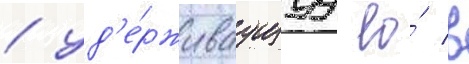
/ уд'е́рживаущуу ео́ в